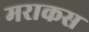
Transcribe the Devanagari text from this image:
मराकस